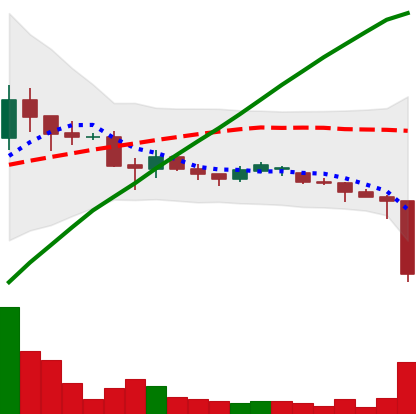
Ticker: DOGE-USD
Chart end date: 2021-06-21
Forward return: 36.987%
Label: up_7plus